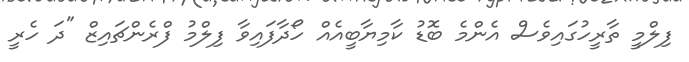
ފިލްމީ ތާރީހުގައިވެސް އެންމެ ބޮޑު ކާމިޔާބީއެއް ހޯދާފައިވާ ފިލްމު ފްރެންޗައިޒް "ދަ ހެރީ